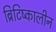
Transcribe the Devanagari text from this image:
ब्रिटिष्कालीन